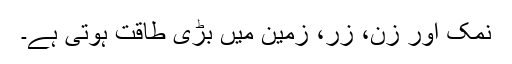
نمک اور زن، زر، زمین میں بڑی طاقت ہوتی ہے۔